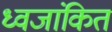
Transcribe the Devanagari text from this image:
ध्वजांकित